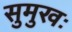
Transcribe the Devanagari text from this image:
सुमुखः